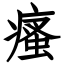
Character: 瘙